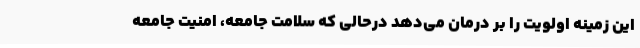
این زمینه اولویت را بر درمان می‌دهد درحالی که سلامت جامعه، امنیت جامعه